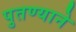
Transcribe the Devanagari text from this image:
पुतण्याने